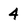
Character: 4